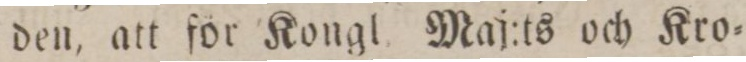
den, att för Kongl Maj:ts och Kro=